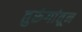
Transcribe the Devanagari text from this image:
तुरुंगांतून